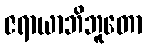
ဇရာယာဘိဘူတော